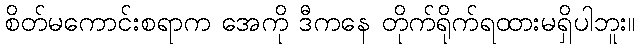
စိတ်မကောင်းစရာက အေကို ဒီကနေ တိုက်ရိုက်ရထားမရှိပါဘူး။